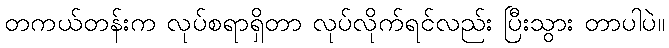
တကယ်တန်းက လုပ်စရာရှိတာ လုပ်လိုက်ရင်လည်း ပြီးသွား တာပါပဲ။